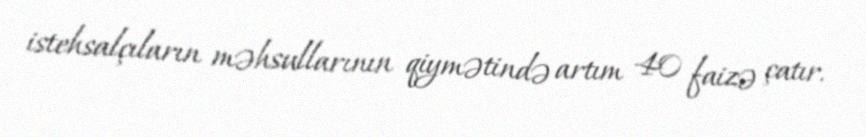
istehsalçıların məhsullarının qiymətində artım 40 faizə çatır.